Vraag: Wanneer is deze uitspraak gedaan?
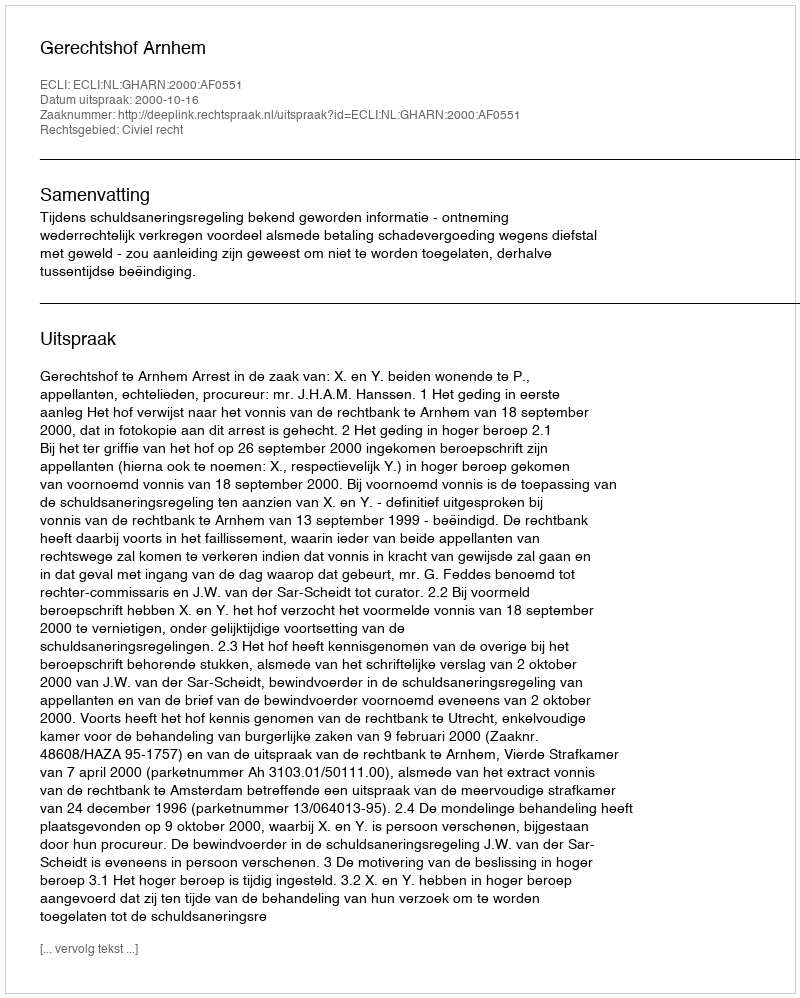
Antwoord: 2000-10-16